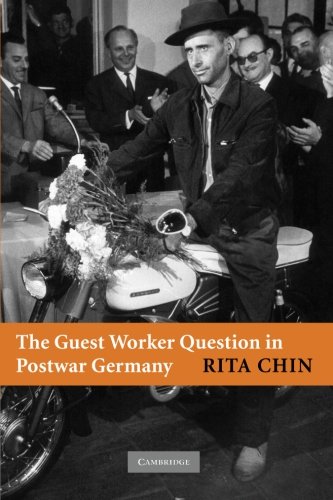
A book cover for The Guest Worker Question in Postwar Germany; Rita Chin; Politics & Social Sciences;